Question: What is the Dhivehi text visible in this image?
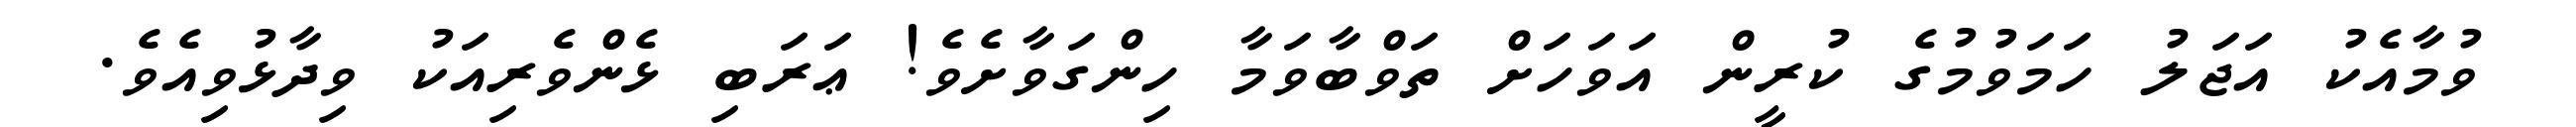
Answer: ވުމާއެކު އަޖަލު ހަމަވުމުގެ ކުރީން އަވަހަށް ތަވްބާވަމާ ހިންގަވާށެވެ! ޢަރަބި ޅެންވެރިއަކު ވިދާޅުވިއެވެ.